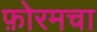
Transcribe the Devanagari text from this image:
फ़ोरमचा